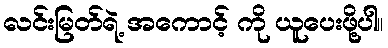
လင်းမြတ်ရဲ့ အကောင့် ကို ယူပေးဖို့ပါ။